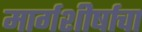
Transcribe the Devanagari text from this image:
मार्गशीर्षाचा